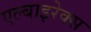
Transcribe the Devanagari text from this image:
एल्बाइरेक्स